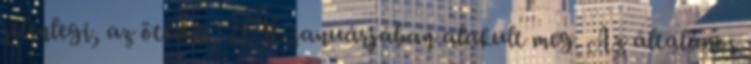
jelenlegi, az ötödik, 2016 januárjában alakult meg. Az általános